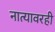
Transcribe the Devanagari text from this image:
नात्यावरही